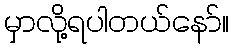
မှာလို့ရပါတယ်နော်။